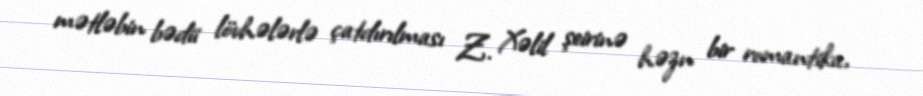
mətləbin bədii lövhələrlə çatdırılması Z. Xəlil şeirinə həzn bir romantika,